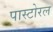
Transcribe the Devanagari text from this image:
पास्टोरल